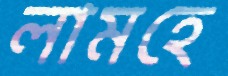
লামহে